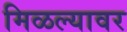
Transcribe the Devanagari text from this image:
मिळल्यावर